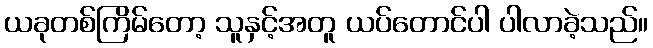
ယခုတစ်ကြိမ်တော့ သူနှင့်အတူ ယပ်တောင်ပါ ပါလာခဲ့သည်။